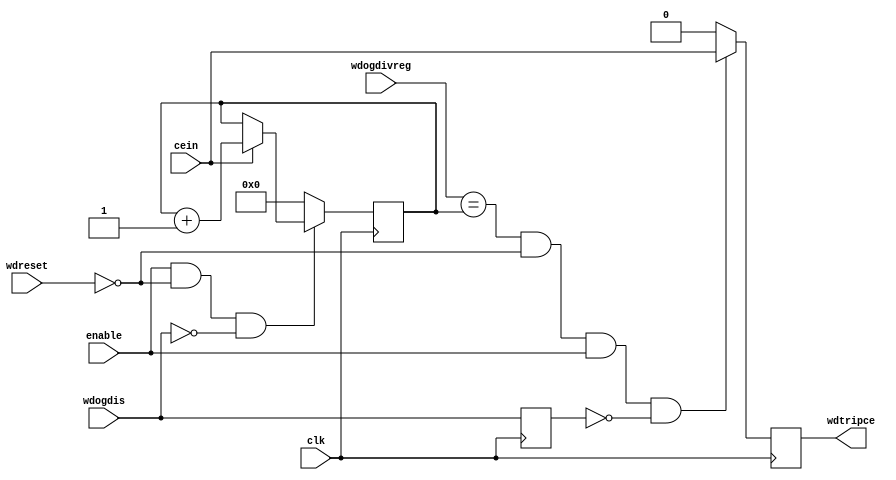
module wdtimer(
	input clk,
	input cein,
	input enable,
	input wdreset,
	input wdogdis,
	input [7:0] wdogdivreg,
	output wdtripce);
	reg [7:0] counter = 0;
	reg wdtripcesreg = 0;
	reg wdtripcereg = 0;
	reg wdogdisreg = 0;
	assign wdtripce = wdtripcesreg;
	always @(*) begin
		if ((wdogdivreg == counter) && ~wdreset && enable && ~wdogdisreg)
			wdtripcereg <= cein;
		else
			wdtripcereg <= 0;
	end
	always @(posedge clk) begin
		wdtripcesreg <= wdtripcereg;
		wdogdisreg = wdogdis;
		if(enable & ~wdreset & ~wdogdisreg) begin
			if(cein)
				counter <= counter + 1;
		end
		else
			counter <= 8'h00;
	end
endmodule